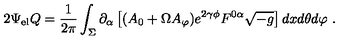
2 \Psi _ { \mathrm { e l } } Q = \frac { 1 } { 2 \pi } \int _ { \Sigma } \partial _ { \alpha } \left[ ( A _ { 0 } + \Omega A _ { \varphi } ) e ^ { 2 \gamma \phi } F ^ { 0 \alpha } \sqrt { - g } \right] d x d \theta d \varphi \ .